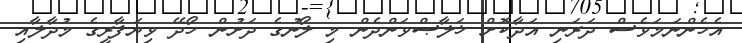
އެހެންނަމަވެސް ދަރަނި އަދާކޮށް ޚަލާޞްވަންދެން މި ލޯނުގެ ދަށުން ހޯދޭ ވިޔަފާރީގެ މުދާލާއި